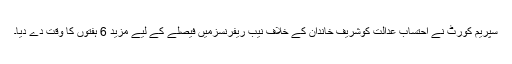
سپریم کورٹ نے احتساب عدالت کوشریف خاندان کے خلاف نیب ریفرنسزمیں فیصلے کے لیے مزید 6 ہفتوں کا وقت دے دیا۔